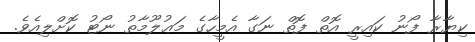
ކިޔާރާ ފޯނު ކައިރީ އޮތް ފޮތް ނަގާ އެމީހާގެ މަޢުލޫމާތު ނޯޓު ކޮށްލިއެވެ.